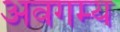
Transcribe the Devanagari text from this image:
अवगम्य